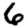
Digit: 6